Senior Leaving Certificate Examination (including Day School Certificate (Higher) General paper), 1950
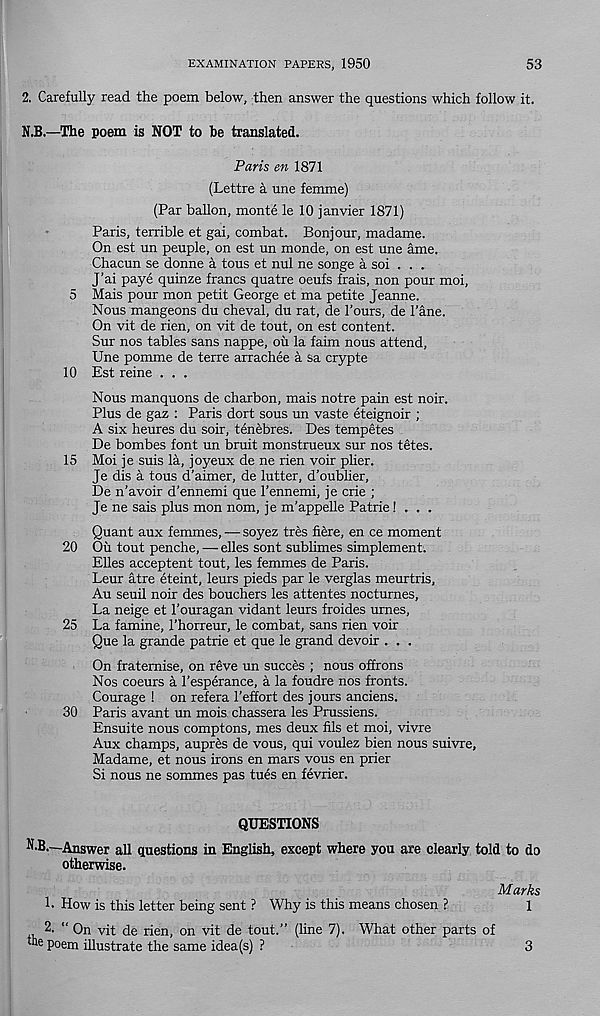
EXAMINATION PAPERS, 1950
53
2. Carefully read the poem below, then answer the questions which follow it.
N.B.—The poem is NOT to be translated.
Paris en 1871
(Lettre a une femme)
(Par ballon, monte le 10 janvier 1871)
Paris, terrible et gai, combat. Bonjour, madame.
On est un peuple, on est un monde, on est une ame.
Chacun se donne a tous et nul ne songe a soi . . .
J’ai paye quinze francs quatre oeufs frais, non pour moi,
5 Mais pour mon petit George et ma petite Jeanne.
Nous mangeons du cheval, du rat, de Tours, de Tane.
On vit de rien, on vit de tout, on est content.
Sur nos tables sans nappe, ou la faim nous attend,
Une pomme de terre arrachee a sa crypte
10 Est reine . . .
Nous manquons de charbon, mais notre pain est noir.
Plus de gaz : Paris dort sous un vaste eteignoir ;
A six heures du soir, tenebres. Des tempetes
De bombes font un bruit monstrueux sur nos tetes.
15 Moi je suis la, joyeux de ne rien voir plier.
Je dis a tous d’aimer, de lutter, d’oublier,
De n’avoir d’ennemi que Tennemi, je crie ;
Je ne sais plus mon nom, je m’appelle Patrie! . , .
Quant aux femmes, — soyez tres here, en ce moment
20 Ou tout penche, — dies sont sublimes simplement.
Elies acceptent tout, les femmes de Paris.
Leur atre eteint, leurs pieds par le verglas meurtris,
Au seuil noir des bouchers les attentes nocturnes,
La neige et Touragan vidant leurs froides urnes,
25 La famine, Thorreur, le combat, sans rien voir
Que la grande patrie et que le grand devoir . . .
On fraternise, on reve un succes ; nous offrons
Nos coeurs a Tesperance, a la foudre nos fronts.
Courage ! on refera Teffort des jours anciens.
30 Paris avant un mois chassera les Prussiens.
Ensuite nous comptons, mes deux fils et moi, vivre
Aux champs, aupres de vous, qui voulez bien nous suivre,
Madame, et nous irons en mars vous en prier
Si nous ne sommes pas tues en fevrier.
QUESTIONS
N.B—Answer all questions in English, except where you are clearly told to do
otherwise.
Marks
1. How is this letter being sent ? Why is this means chosen ?
1
2, “ On vit de rien, on vit de tout.” (line 7). What other parts of
file poem illustrate the same idea(s) ?
3